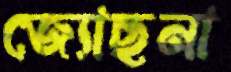
জ্যোছনা